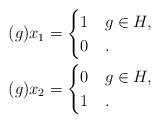
LaTeX: \begin{align*}(g)x_1 &= \begin{cases} 1 & g \in H, \\0 & .\end{cases} \\(g)x_2 & = \begin{cases} 0 & g \in H, \\1 & .\end{cases}\end{align*}